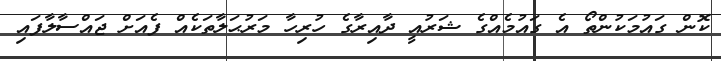
ކޮން ގައުމަކުންތޯ އެ ގައުމެއްގެ ޝަރުއީ ދާއިރާގެ ހުރިހާ މަރުޙަލާތަކެއް ފެއަށް ޖައްސާލާފައި